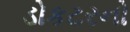
ડોકટરનો